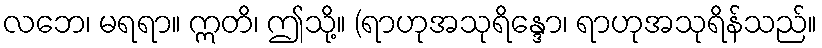
လဘေ၊ မရရာ။ ဣတိ၊ ဤသို့။ (ရာဟုအသုရိန္ဒော၊ ရာဟုအသုရိန်သည်။